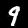
Digit: 9